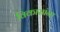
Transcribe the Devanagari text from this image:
विकासांना